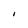
Character: I